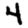
Digit: 4